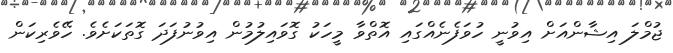
ޖުމްލަ އިޝާންއަށް އިވުނީ ހުވަފެނެއްގައި އޮތްވާ މީހަކު ގޮވައިލުމުން އިވުނުފަދަ ގޮތަކަށެވެ. ހޭވެރިކަން